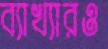
ব্যাখ্যারও